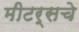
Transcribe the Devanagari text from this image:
मीटर्सचे